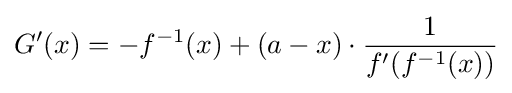
G'(x)=-f^{-1}(x)+(a-x)\cdot {1 \over f'(f^{-1}(x))}